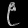
Digit: ၉